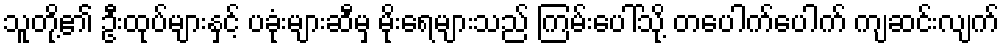
သူတို့၏ ဦးထုပ်များနှင့် ပခုံးများဆီမှ မိုးရေများသည် ကြမ်းပေါ်သို့ တပေါက်ပေါက် ကျဆင်းလျက်